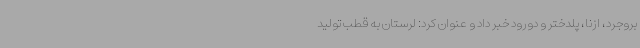
بروجرد، ازنا، پلدختر و دورود خبر داد و عنوان کرد: لرستان به قطب تولید